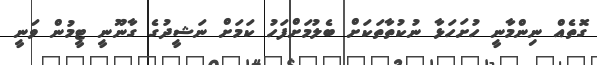
ގޮތެއް ނިންމާނީ ހުށަހަޅާ ނުކުތާތަކަށް ބެލުމަށްފަހު ކަމަށް ނަޝީދުގެ ގާނޫނީ ޓީމުން ވަނީ